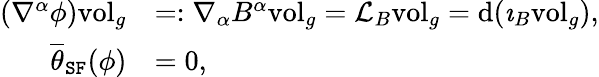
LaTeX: \begin{array}{rl}{(\nabla^{\alpha}\phi)\mathrm{vol}_{g}}&{=:\nabla_{\alpha}B^{\alpha}\mathrm{vol}_{g}=\mathcal{L}_{B}\mathrm{vol}_{g}=\mathrm{d}(\imath_{B}\mathrm{vol}_{g}),}\\ {\overline{{\theta}}_{\mathtt{SF}}(\phi)}&{=0,}\end{array}